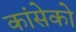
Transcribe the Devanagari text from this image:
कांसेको